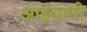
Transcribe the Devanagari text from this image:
आइवानी